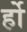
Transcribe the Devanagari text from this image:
र्हो